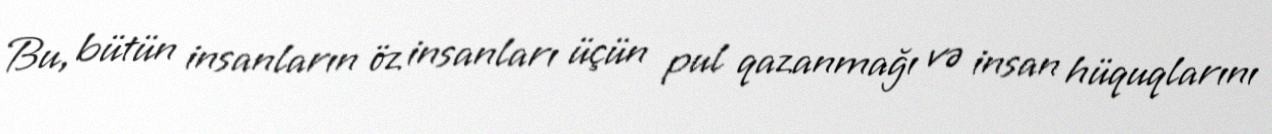
Bu, bütün insanların öz insanları üçün pul qazanmağı və insan hüquqlarını